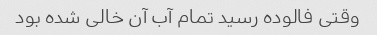
وقتی فالوده رسید تمام آب آن خالی شده بود